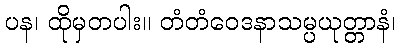
ပန၊ ထိုမှတပါး။ တံတံဝေဒနာသမ္ပယုတ္တာနံ၊